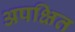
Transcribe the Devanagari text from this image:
अपक्षित